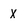
Character: X